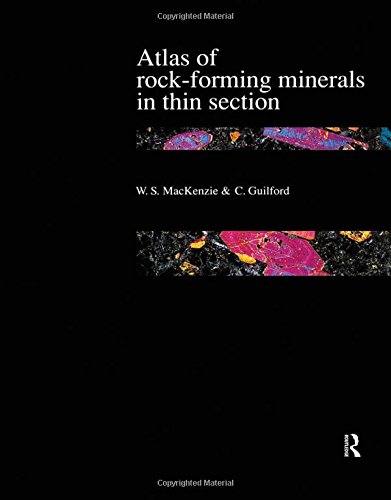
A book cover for Atlas of the Rock-Forming Minerals in Thin Section; W.S. Mackenzie; Science & Math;